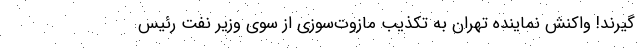
گیرند! واکنش نماینده تهران به تکذیب مازوت‌سوزی از سوی وزیر نفت رئیس